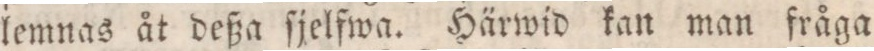
lemnas åt deßa ſjelfwa. Härwid kan man fråga